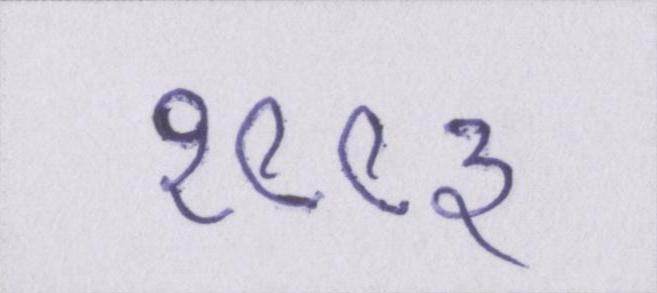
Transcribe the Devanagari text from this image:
१९९३